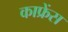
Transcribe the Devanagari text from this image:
काफ्रेंस